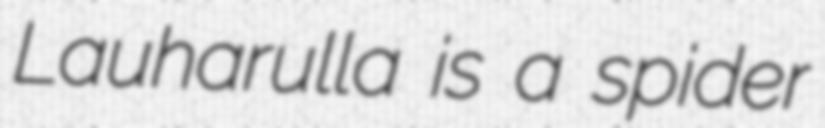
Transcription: Lauharulla is a spider